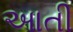
આતી